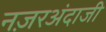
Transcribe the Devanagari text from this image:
नज़रअंदाजी